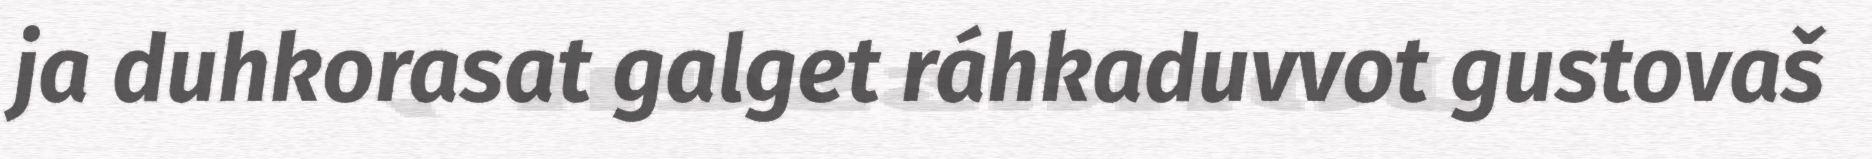
ja duhkorasat galget ráhkaduvvot gustovaš